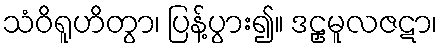
သံဝိရူဟိတွာ၊ ပြန့်ပွား၍။ ဒဠှမူလဇဋာ၊